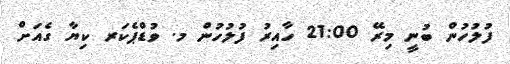
ފުލުހުން ބުނީ މިރޭ 21:00 ހާއިރު ފުލުހުން މ. ވުޑްޕެކަރ ކިޔާ ގެއަށް